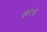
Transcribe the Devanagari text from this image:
कॅरेंचे